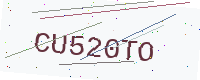
Text: CU520TO